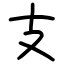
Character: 支